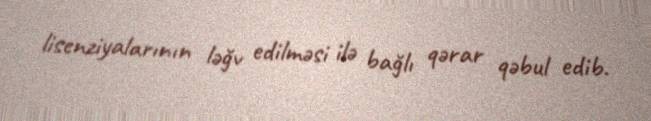
lisenziyalarının ləğv edilməsi ilə bağlı qərar qəbul edib.